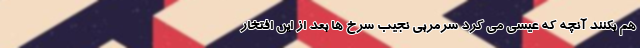
هم بکنند آنچه که عیسی می کرد سرمربی نجیب سرخ ها بعد از این افتخار